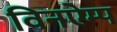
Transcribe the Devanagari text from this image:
विनऐम्प